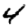
Digit: 4